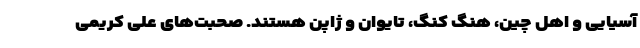
آسیایی و اهل چین، هنگ کنگ، تایوان و ژاپن هستند. صحبت‌های علی کریمی